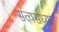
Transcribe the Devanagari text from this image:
सत्यसंध्या